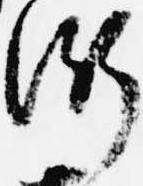
衡